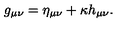
g _ { \mu \nu } = \eta _ { \mu \nu } + \kappa h _ { \mu \nu } .